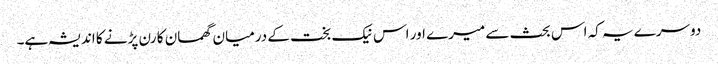
دوسرے یہ کہ اس بحث سے میرے اور اس نیک بخت کے درمیان گھمسان کا رن پڑنے کا اندیشہ ہے۔